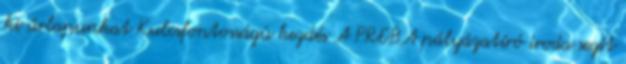
ki űrlapunkat Kulcsfontosságú kezdés A PREBA pályázatíró iroda segít